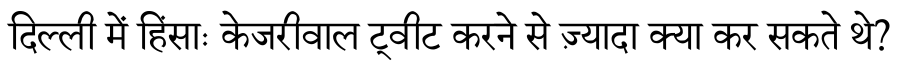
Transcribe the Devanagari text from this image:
दिल्ली में हिंसाः केजरीवाल ट्वीट करने से ज़्यादा क्या कर सकते थे?